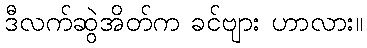
ဒီလက်ဆွဲအိတ်က ခင်ဗျား ဟာလား။